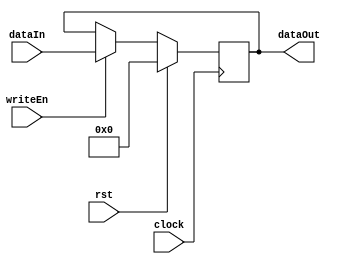
module Register #(
    parameter WIDTH = 12
) 
(
    input wire clock,
    input wire rst,
    input wire writeEn,
    input wire [WIDTH-1:0] dataIn,
    output wire [WIDTH-1:0] dataOut
);

reg [WIDTH-1:0] temp;
    always @(posedge clock) begin
        if (rst == 1) temp <= 0;
        else if (writeEn) temp <= dataIn;
    end

assign dataOut = temp;

endmodule